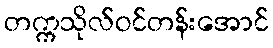
တက္ကသိုလ်ဝင်တန်းအောင်